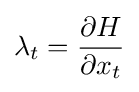
\lambda _{t}={\frac {\partial H}{\partial x_{t}}}